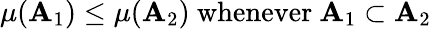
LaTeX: \mu(\mathbf{A}_{1})\leq\mu(\mathbf{A}_{2}){\mathrm{{~whenever~}}}\mathbf{A}_{1}\subset\mathbf{A}_{2}